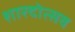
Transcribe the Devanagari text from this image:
शारदोत्सव